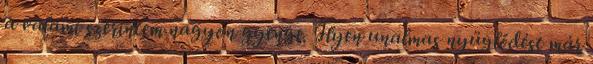
a valami szerintem nagyon gyenge. Ilyen unalmas nyüglődést már